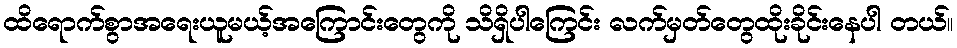
ထိရောက်စွာအရေးယူမယ့်အကြောင်းတွေကို သိရှိပါကြေင်း လက်မှတ်တွေထိုးခိုင်းနေပါ တယ်။